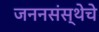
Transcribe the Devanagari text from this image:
जननसंस्थेचे